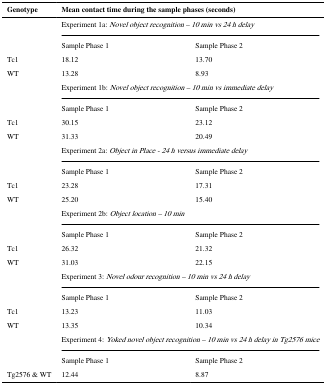
<table><thead><tr><td><b>Genotype</b></td><td colspan="2"><b>Mean contact time during the sample phases (seconds)</b></td></tr></thead><tbody><tr><td></td><td colspan="2">Experiment 1a: <i>Novel object recognition – 10 min vs 24 h delay</i></td></tr><tr><td></td><td>Sample Phase 1</td><td>Sample Phase 2</td></tr><tr><td>Tc1</td><td>18.12</td><td>13.70</td></tr><tr><td>WT</td><td>13.28</td><td>8.93</td></tr><tr><td></td><td colspan="2">Experiment 1b: <i>Novel object recognition – 10 min vs immediate delay</i></td></tr><tr><td></td><td>Sample Phase 1</td><td>Sample Phase 2</td></tr><tr><td>Tc1</td><td>30.15</td><td>23.12</td></tr><tr><td>WT</td><td>31.33</td><td>20.49</td></tr><tr><td></td><td colspan="2">Experiment 2a: <i>Object in Place - 24 h versus immediate delay</i></td></tr><tr><td></td><td>Sample Phase 1</td><td>Sample Phase 2</td></tr><tr><td>Tc1</td><td>23.28</td><td>17.31</td></tr><tr><td>WT</td><td>25.20</td><td>15.40</td></tr><tr><td></td><td colspan="2">Experiment 2b: <i>Object location – 10 min</i></td></tr><tr><td></td><td>Sample Phase 1</td><td>Sample Phase 2</td></tr><tr><td>Tc1</td><td>26.32</td><td>21.32</td></tr><tr><td>WT</td><td>31.03</td><td>22.15</td></tr><tr><td></td><td colspan="2">Experiment 3: <i>Novel odour recognition – 10 min vs 24 h delay</i></td></tr><tr><td></td><td>Sample Phase 1</td><td>Sample Phase 2</td></tr><tr><td>Tc1</td><td>13.23</td><td>11.03</td></tr><tr><td>WT</td><td>13.35</td><td>10.34</td></tr><tr><td></td><td colspan="2">Experiment 4: <i>Yoked novel object recognition – 10 min vs 24 h delay in Tg2576 mice</i></td></tr><tr><td></td><td>Sample Phase 1</td><td>Sample Phase 2</td></tr><tr><td>Tg2576 &amp; WT</td><td>12.44</td><td>8.87</td></tr></tbody></table>